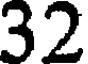
32